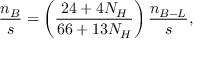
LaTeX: \frac { n _ { B } } { s } = \left( \frac { 2 4 + 4 N _ { H } } { 6 6 + 1 3 N _ { H } } \right) \frac { n _ { B - L } } { s } ,